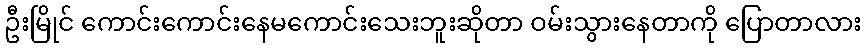
ဦးမြိုင် ကောင်းကောင်းနေမကောင်းသေးဘူးဆိုတာ ဝမ်းသွားနေတာကို ပြောတာလား